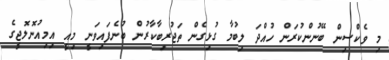
މި ވެކްސިން ބޭނުންކުރަން ހުއްދަ ލިބުމާ ގުޅިގެން ތަޖުރިބާކާރުން ބުނެފައިވަނީ މިއީ އިމިއުނޮލޮޖީގެ